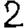
Digit: 2